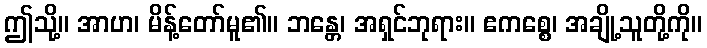
ဤသို့။ အာဟ၊ မိန့်တော်မူ၏။ ဘန္တေ၊ အရှင်ဘုရား။ ဧကစ္စေ၊ အချို့သူတို့ကို။